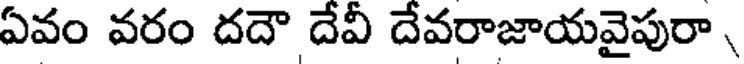
ఏవం వరం దదౌ దేవీ దేవరాజాయవైపురా